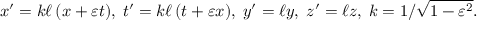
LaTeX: x ^ { \prime } = k \ell \left( x + \varepsilon t \right) \! , \; t ^ { \prime } = k \ell \left( t + \varepsilon x \right) \! , \; y ^ { \prime } = \ell y , \; z ^ { \prime } = \ell z , \; k = 1 / { \sqrt { 1 - \varepsilon ^ { 2 } } } .